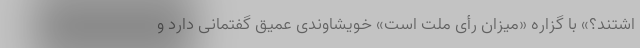
اشتند؟» با گزاره «میزان رأی ملت است» خویشاوندی عمیق گفتمانی دارد و